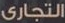
التجارى